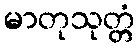
မာတုသုတ္တံ